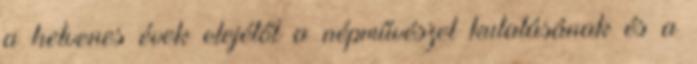
a hetvenes évek elejétől a népművészet kutatásának és a